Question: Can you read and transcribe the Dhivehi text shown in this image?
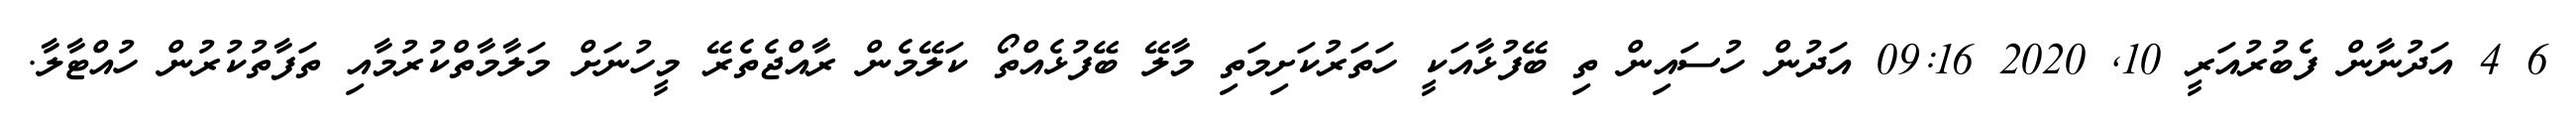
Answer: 6 4 އަދުނާން ފެބުރުއަރީ 10, 2020 09:16 އަދުން ހުސައިން ތި ބޭފުޅާއަކީ ހަތަރުކަށިމަތި މާލޭ ބޭފުޅެއްތޯ ކަލޭމެން ރާއްޖެތެރޭ މީހުނަށް މަލާމާތްކުރުމާއި ތަފާތުކުރުން ހުއްޓާލާ.